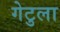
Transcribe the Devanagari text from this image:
गेटुला